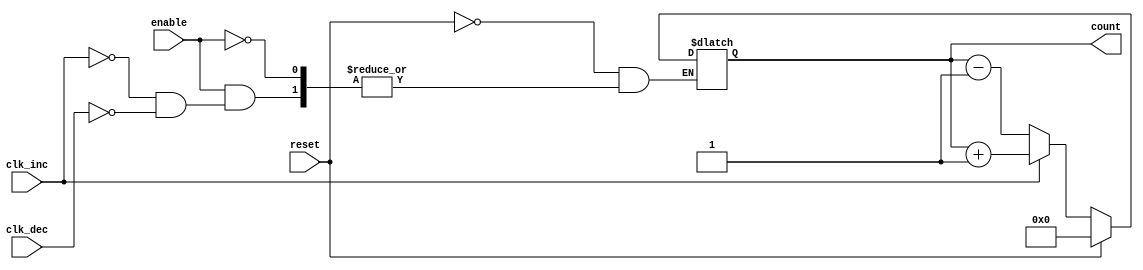
module dynamic_asynchronous_counter (
    input wire clk_inc,           // Clock signal for incrementing
    input wire clk_dec,           // Clock signal for decrementing
    input wire enable,            // Enable signal for counting
    input wire reset,             // Asynchronous reset signal
    output reg [3:0] count        // 4-bit count output
);

    // Asynchronous reset
    always @(*) begin
        if (reset) begin
            count <= 4'b0000; // Reset count to 0
        end else if (enable) begin
            if (clk_inc) begin
                count <= count + 1; // Increment count
            end else if (clk_dec) begin
                count <= count - 1; // Decrement count
            end
        end
    end

endmodule